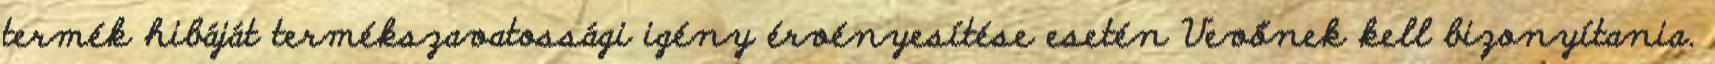
termék hibáját termékszavatossági igény érvényesítése esetén Vevőnek kell bizonyítania.